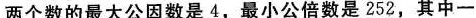
两个数的最大公因数是4，最小公倍数是252，其中一